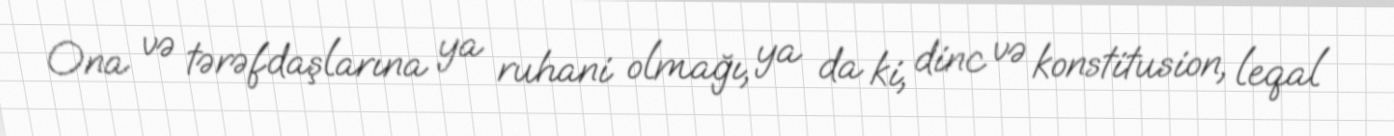
Ona və tərəfdaşlarına ya ruhani olmağı, ya da ki, dinc və konstitusion, leqal